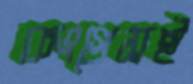
কংগ্রেসই